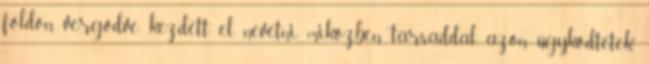
földön vergődve kezdett el nevetni, miközben társaddal azon ügyködtetek,